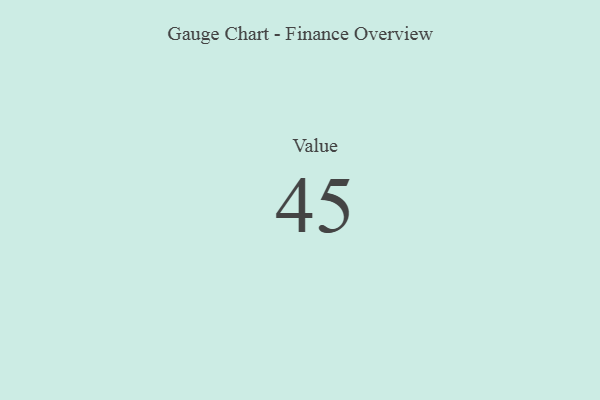
{"axis": {"x": "Metric", "y": "Value"}, "legend": [""], "data": [{"x": "Value", "y": 45, "type": ""}]}